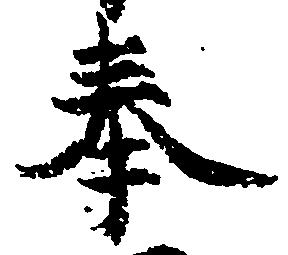
奉